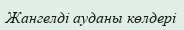
Жангелді ауданы көлдері